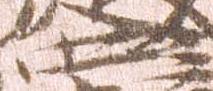
四